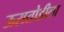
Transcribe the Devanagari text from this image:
ऊसतोडीला